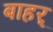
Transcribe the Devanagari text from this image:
बाहर्